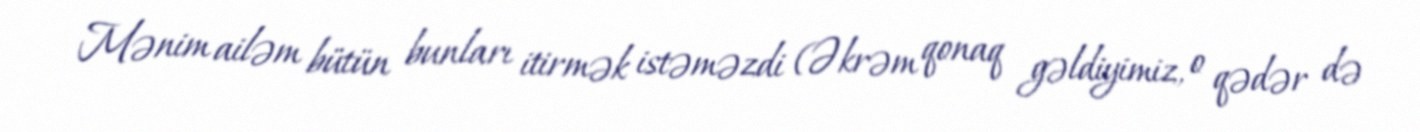
Mənim ailəm bütün bunları itirmək istəməzdi (Əkrəm qonaq gəldiyimiz, o qədər də